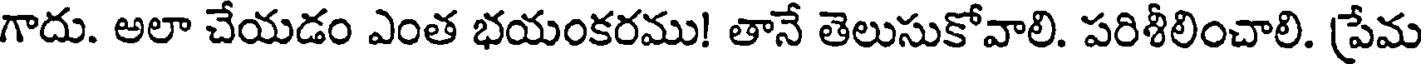
గాదు. అలా చేయడం ఎంత భయంకరము! తానే తెలుసుకోవాలి. పరిశీలించాలి. ప్రేమ